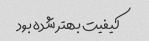
کیفیت بهتر شده بود